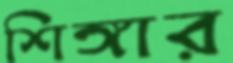
শিঙ্গার